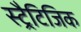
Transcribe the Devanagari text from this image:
स्ट्रैटिजिक